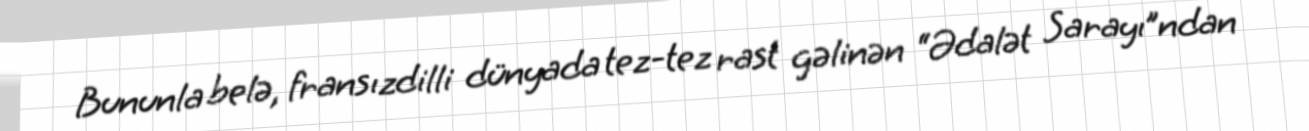
Bununla belə, fransızdilli dünyada tez-tez rast gəlinən “Ədalət Sarayı”ndan